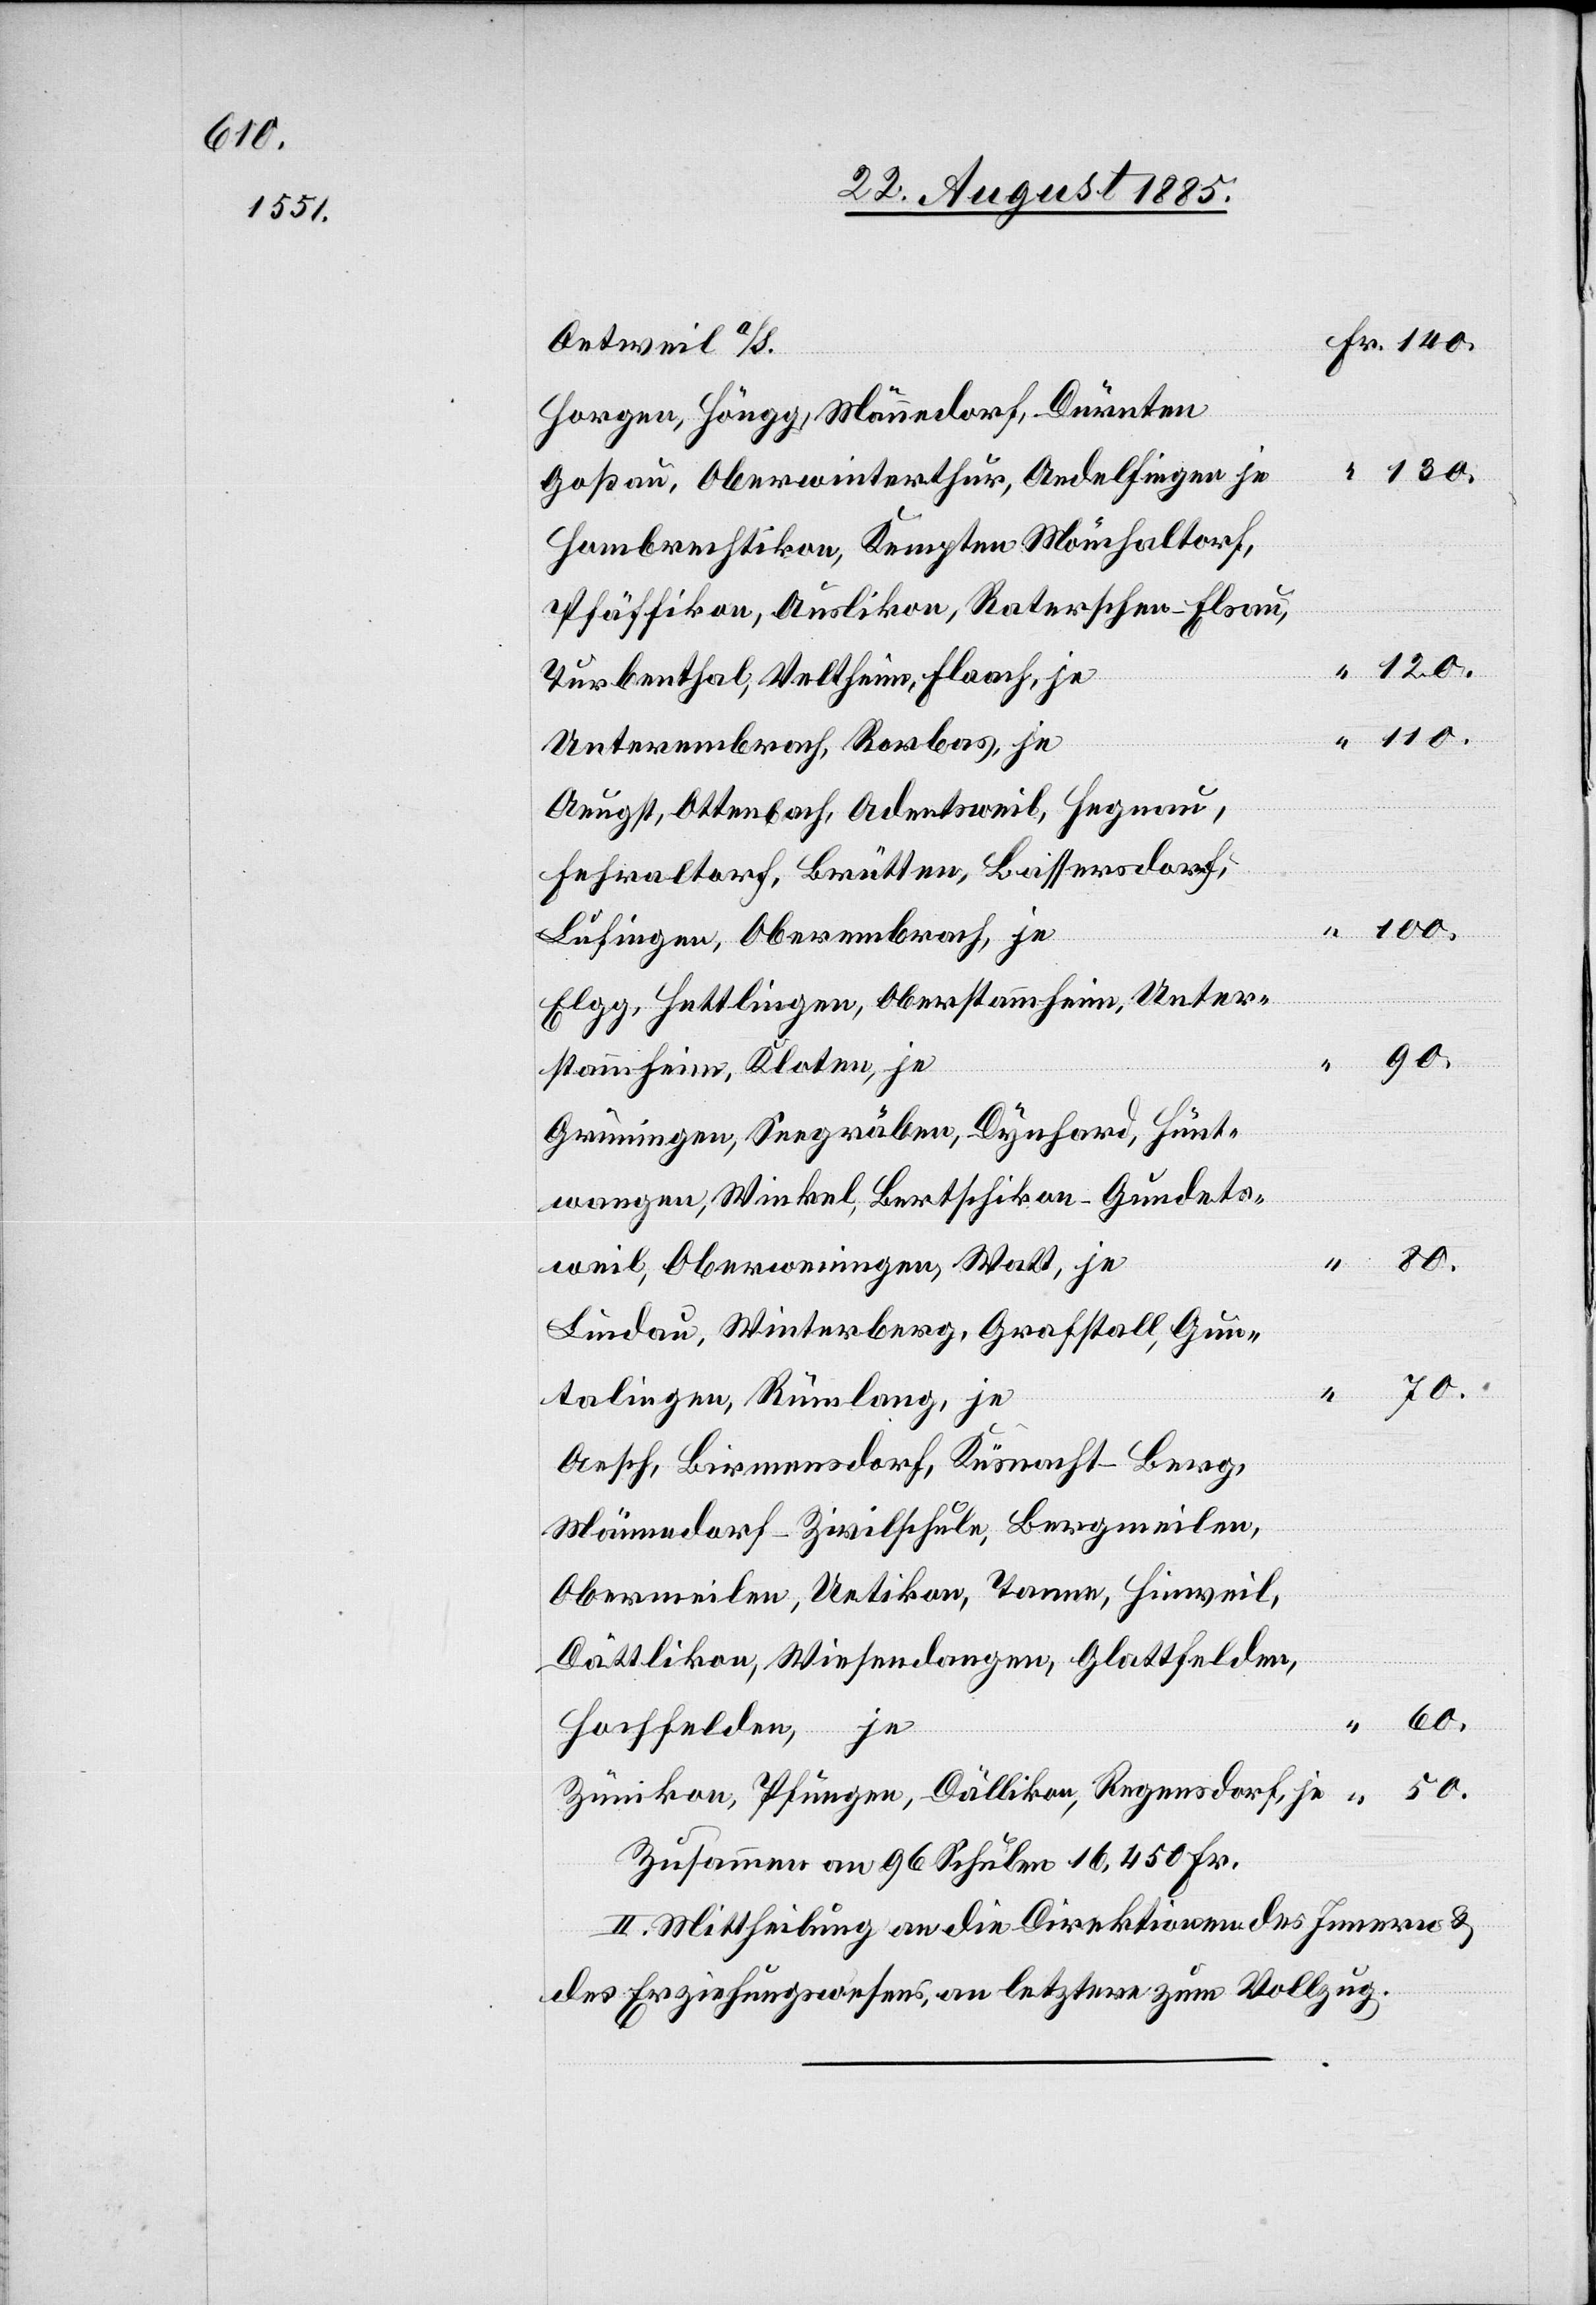
60.

detsweil a/S.
Fr.
Horgen, Höngg, Männedorf, Dürnten,
Goßau, Oberwinterthur, Andelfingen je
Hombrechtikon, Kempten[,] Mönchaltorf,
Pfäffikon, Auslikon, Räterschen-Elsau,
Turbenthal, Veltheim, Flaach, je
120.
Unterembrach, Rorbas, je
Aeugst, Ottenbach, Adetsweil, Hegnau,
Fehraltorf, Brütten, Bassersdorf,
Lufingen, Oberembrach, je
Elgg, Hettlingen, Oberstammheim, Unter¬
stammheim, Kloten, je
Grüningen, Seegräben, Dynhard, Hünt¬
wangen, Winkel, Bertschikon-Gundets¬
50.
140.
weil, Oberweiningen, Watt, je
Lindau, Winterberg, Grafstahl, Gun¬
talingen, Rümlang, je
Aesch, Birmensdorf, Küsnacht-Berg,
Männedorf-Zivilschule, Bergmeilen,
Obermeilen, Uetikon, Tanne, Hinweil,
Dättlikon, Wiesendangen, Glattfelden,
Hochfelden, je
Zünikon, Pfungen, Dällikon, Regensdorf, je
Zusammen an 96 Schulen 16,450 Fr.
II. Mittheilung an die Direktionen des Innern &
des Erziehungswesens, an letztere zum Vollzug.